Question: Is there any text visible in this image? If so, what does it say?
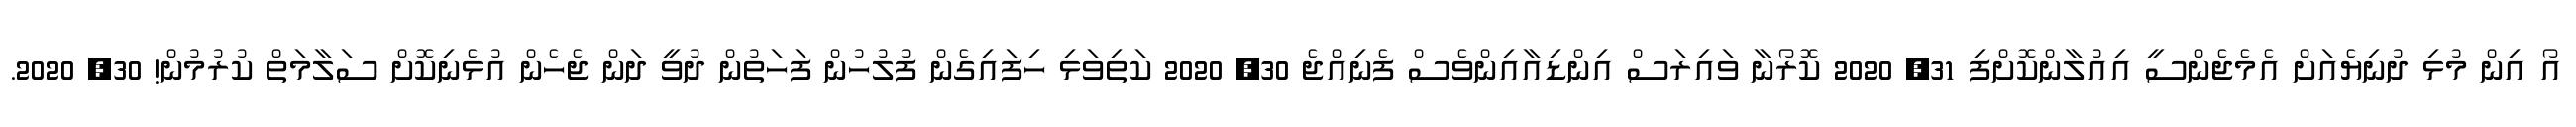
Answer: އޯ އިން މުޅި ދުނިޔެއަށް އެމެޖެންސީ އިއުލާންކޮށްފި 31, 2020 ކޮރޯނާ ވައިރަސް އިންޑިއާއިންވެސް ފެނިއްޖެ 30, 2020 ކަތިވަޅި ހިފައިގެން ފުލުހުން ފަހަތުން ދުވީ ދަން ޖެހެން އުޅެނިކޮށް ސަލާމަތް ކުރުމުން! 30, 2020.